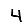
Digit: 4